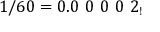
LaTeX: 1 / 6 0 = 0 . 0 \ 0 \ 0 \ 0 \ 2 _ { ! }